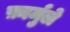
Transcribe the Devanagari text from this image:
फ़ार्मुले